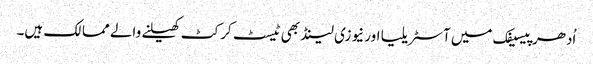
اُدھر پیسیفک میں آسٹریلیا اور نیوزی لینڈ بھی ٹیسٹ کرکٹ کھیلنے والے ممالک ہیں۔